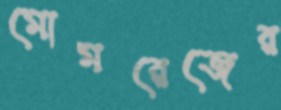
মোমরেজের